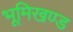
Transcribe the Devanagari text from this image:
भूमिखण्ड